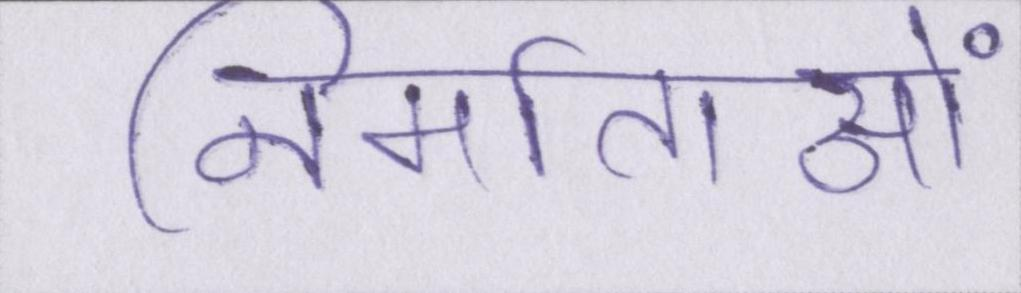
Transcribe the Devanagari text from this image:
निर्माताओं